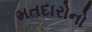
મતદારોનો